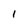
Character: 1